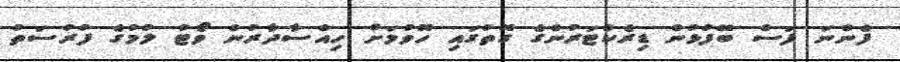
ފެންނަ ފަސް ބޭފުޅުން ޑިރެކްޓަރުންގެ ގޮތުގައި ހޮވުމަށް ހިއްސާދާރުން ވޯޓު ލުމުގެ ފުރުސަތު